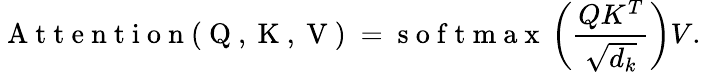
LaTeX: \mathrm{~A~t~t~e~n~t~i~o~n~(~Q~,~K~,~V~)~}=\mathrm{~s~o~f~t~m~a~x~}\left(\frac{QK^{T}}{\sqrt{d_{k}}}\right)V.